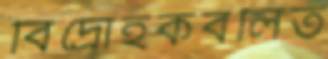
বিদ্রোহকবলিত